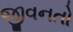
જીવનતો